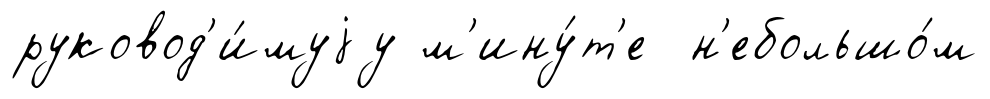
руковод'и́муjу м'ину́т'е н'ебольшо́м